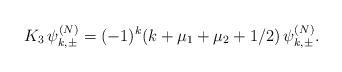
LaTeX: \begin{align*} K_3\,\psi_{k,\pm}^{(N)}=(-1)^{k}(k+\mu_1+\mu_2+1/2)\,\psi_{k,\pm}^{(N)}.\end{align*}